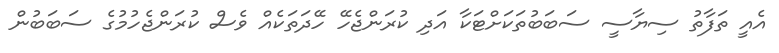
އެއީ ތަފާތު ސިޔާސީ ސަބަބުތަކަށްޓަކާ އަދި ކުރަންޖެހޭ ހޭދަތަކެއް ވެސް ކުރަންޖެހުމުގެ ސަބަބުން